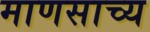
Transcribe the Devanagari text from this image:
माणसाच्य